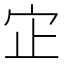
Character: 𫲺